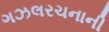
ગઝલરચનાની